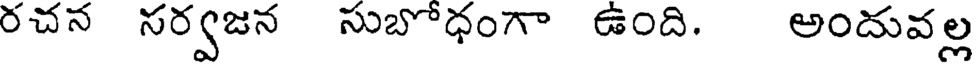
రచన సర్వజన సుబోధంగా ఉంది. అందువల్ల